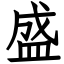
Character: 盛